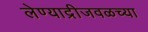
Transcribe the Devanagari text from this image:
लेण्याद्रीजवळच्या